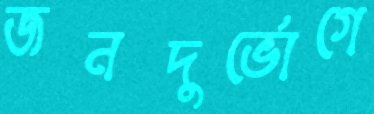
জনদুর্ভোগে